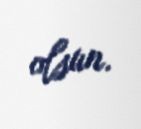
olsun.